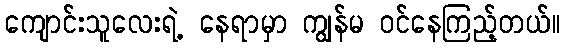
ကျောင်းသူလေးရဲ့ နေရာမှာ ကျွန်မ ဝင်နေကြည့်တယ်။